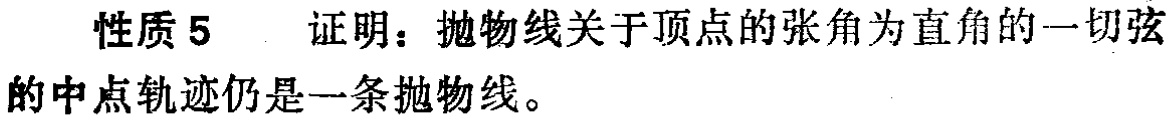
性质 5 证明：抛物线关于顶点的张角为直角的一切弦的中点轨迹仍是一条抛物线。